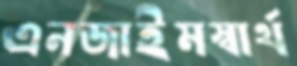
এনজাইমস্বার্থ